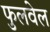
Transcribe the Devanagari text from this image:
फुलवेल